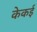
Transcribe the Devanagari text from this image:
केकई